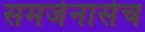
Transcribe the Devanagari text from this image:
समजेनासेच